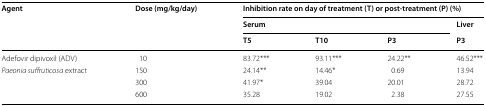
<table><thead><tr><td rowspan="3"><b>Agent</b></td><td rowspan="3"><b>Dose (mg/kg/day)</b></td><td colspan="4"><b>Inhibition rate on day of treatment (T) or post-treatment (P) (%)</b></td></tr><tr><td colspan="3"><b>Serum</b></td><td><b>Liver</b></td></tr><tr><td><b>T5</b></td><td><b>T10</b></td><td><b>P3</b></td><td><b>P3</b></td></tr></thead><tbody><tr><td>Adefovir dipivoxil (ADV)</td><td>10</td><td>83.72***</td><td>93.11***</td><td>24.22**</td><td>46.52***</td></tr><tr><td rowspan="3"><i>Paeonia suffruticosa</i> extract</td><td>150</td><td>24.14**</td><td>14.46*</td><td>0.69</td><td>13.94</td></tr><tr><td>300</td><td>41.97*</td><td>39.04</td><td>20.01</td><td>28.72</td></tr><tr><td>600</td><td>35.28</td><td>19.02</td><td>2.38</td><td>27.55</td></tr></tbody></table>